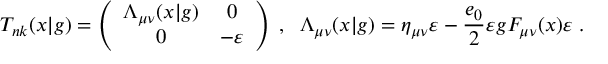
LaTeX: T _ { n k } ( x | g ) = \left( \begin{array} { c c } { { \Lambda _ { \mu \nu } ( x | g ) } } & { { 0 } } \\ { { 0 } } & { { - \varepsilon } } \end{array} \right) \; , \; \; \Lambda _ { \mu \nu } ( x | g ) = \eta _ { \mu \nu } \varepsilon - \frac { e _ { 0 } } { 2 } \varepsilon g F _ { \mu \nu } ( x ) \varepsilon \; .